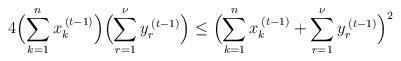
LaTeX: \begin{align*}4\Bigl(\sum_{k=1}^{n}x_{k}^{\:\left(t-1\right)}\Bigr)\Bigl(\sum_{r=1}^{\nu}y_{r}^{\:\left(t-1\right)}\Bigr)\leq\Bigl(\sum_{k=1}^{n}x_{k}^{\:\left(t-1\right)}+\sum_{r=1}^{\nu}y_{r}^{\:\left(t-1\right)}\Bigr)^{2}\end{align*}